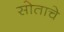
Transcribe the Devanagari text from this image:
सोताचे